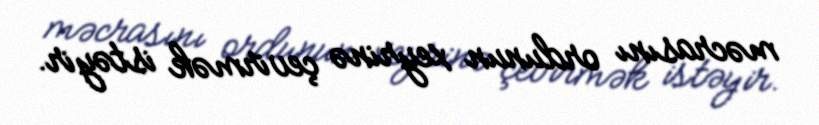
məcrasını ordunun xeyrinə çevirmək istəyir.